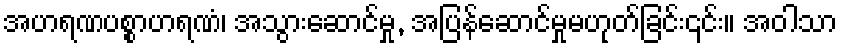
အဟရဏပစ္စာဟရဏံ၊ အသွားဆောင်မှု, အပြန်ဆောင်မှုမဟုတ်ခြင်း၎င်း။ အဝါသာ